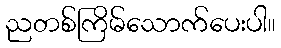
ညတစ်ကြိမ်သောက်ပေးပါ။